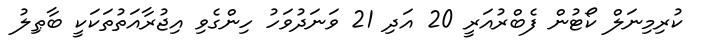
ކުރިމިނަލް ކޯޓުން ފެބްރުއަރީ 20 އަދި 21 ވަނަދުވަހު ހިންގެވި އިޖުރާއަތުތަކަކީ ބާޠިލު